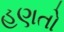
હણતો